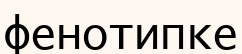
фенотипке